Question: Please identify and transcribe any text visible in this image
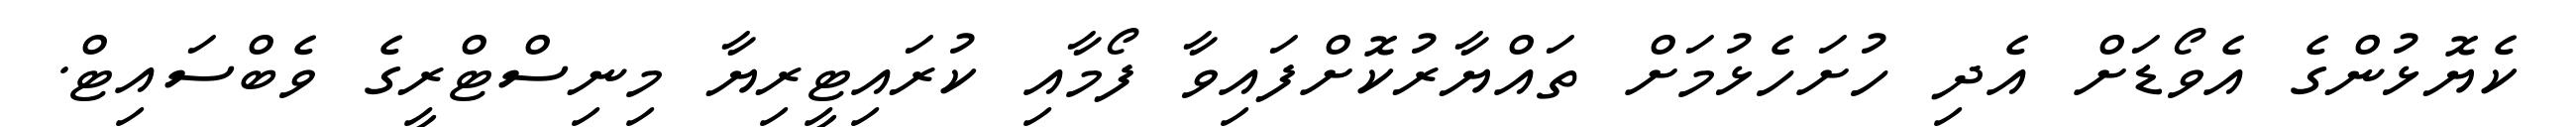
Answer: ކެޔޮޅުންގެ އެވޯޑަށް އެދި ހުށަހެޅުމަށް ތައްޔާރުކޮށްފައިވާ ފޯމާއި ކުރައިޓީރިޔާ މިނިސްޓްރީގެ ވެބްސައިޓް.